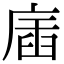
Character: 㢎